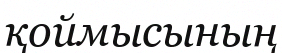
қоймысының